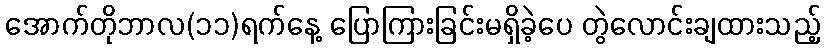
အောက်တိုဘာလ(၁၁)ရက်နေ့ ပြောကြားခြင်းမရှိခဲ့ပေ တွဲလောင်းချထားသည့်